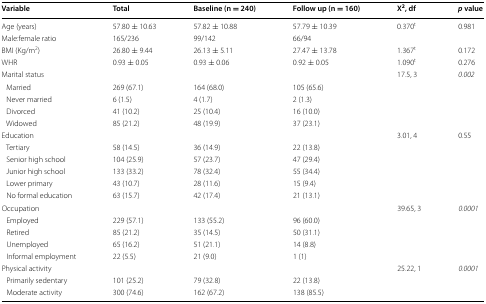
<table><thead><tr><td><b>Variable</b></td><td><b>Total</b></td><td><b>Baseline (n = 240)</b></td><td><b>Follow up (n = 160)</b></td><td><b>X<sup>2</sup>, df</b></td><td><b><i>p</i> value</b></td></tr></thead><tbody><tr><td>Age (years)</td><td>57.80 ± 10.63</td><td>57.82 ± 10.88</td><td>57.79 ± 10.39</td><td>0.370<sup>t</sup></td><td>0.981</td></tr><tr><td>Male:female ratio</td><td>165/236</td><td>99/142</td><td>66/94</td><td></td><td></td></tr><tr><td>BMI (Kg/m<sup>2</sup>)</td><td>26.80 ± 9.44</td><td>26.13 ± 5.11</td><td>27.47 ± 13.78</td><td>1.367<sup>t</sup></td><td>0.172</td></tr><tr><td>WHR</td><td>0.93 ± 0.05</td><td>0.93 ± 0.06</td><td>0.92 ± 0.05</td><td>1.090<sup>t</sup></td><td>0.276</td></tr><tr><td>Marital status</td><td></td><td></td><td></td><td>17.5, 3</td><td><i>0.002</i></td></tr><tr><td> Married</td><td>269 (67.1)</td><td>164 (68.0)</td><td>105 (65.6)</td><td></td><td></td></tr><tr><td> Never married</td><td>6 (1.5)</td><td>4 (1.7)</td><td>2 (1.3)</td><td></td><td></td></tr><tr><td> Divorced</td><td>41 (10.2)</td><td>25 (10.4)</td><td>16 (10.0)</td><td></td><td></td></tr><tr><td> Widowed</td><td>85 (21.2)</td><td>48 (19.9)</td><td>37 (23.1)</td><td></td><td></td></tr><tr><td colspan="4">Education</td><td>3.01, 4</td><td>0.55</td></tr><tr><td> Tertiary</td><td>58 (14.5)</td><td>36 (14.9)</td><td>22 (13.8)</td><td></td><td></td></tr><tr><td> Senior high school</td><td>104 (25.9)</td><td>57 (23.7)</td><td>47 (29.4)</td><td></td><td></td></tr><tr><td> Junior high school</td><td>133 (33.2)</td><td>78 (32.4)</td><td>55 (34.4)</td><td></td><td></td></tr><tr><td> Lower primary</td><td>43 (10.7)</td><td>28 (11.6)</td><td>15 (9.4)</td><td></td><td></td></tr><tr><td> No formal education</td><td>63 (15.7)</td><td>42 (17.4)</td><td>21 (13.1)</td><td></td><td></td></tr><tr><td colspan="4">Occupation</td><td>39.65, 3</td><td><i>0.0001</i></td></tr><tr><td> Employed</td><td>229 (57.1)</td><td>133 (55.2)</td><td>96 (60.0)</td><td></td><td></td></tr><tr><td> Retired</td><td>85 (21.2)</td><td>35 (14.5)</td><td>50 (31.1)</td><td></td><td></td></tr><tr><td> Unemployed</td><td>65 (16.2)</td><td>51 (21.1)</td><td>14 (8.8)</td><td></td><td></td></tr><tr><td> Informal employment</td><td>22 (5.5)</td><td>21 (9.0)</td><td>1 (1)</td><td></td><td></td></tr><tr><td colspan="4">Physical activity</td><td>25.22, 1</td><td><i>0.0001</i></td></tr><tr><td> Primarily sedentary</td><td>101 (25.2)</td><td>79 (32.8)</td><td>22 (13.8)</td><td></td><td></td></tr><tr><td> Moderate activity</td><td>300 (74.6)</td><td>162 (67.2)</td><td>138 (85.5)</td><td></td><td></td></tr></tbody></table>